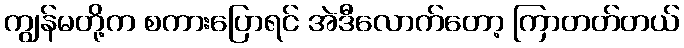
ကျွန်မတို့က စကားပြောရင် အဲဒီလောက်တော့ ကြာတတ်တယ်